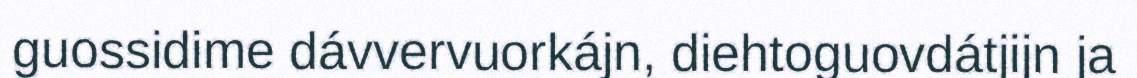
guossidime dávvervuorkájn, diehtoguovdátjijn ja